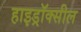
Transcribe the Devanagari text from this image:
हाइड्रॉक्सील